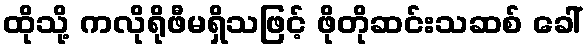
ထိုသို့ ကလိုရိုဖီမရှိသဖြင့် ဖိုတိုဆင်းသဆစ် ခေါ်